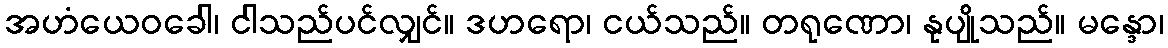
အဟံယေဝခေါ၊ ငါသည်ပင်လျှင်။ ဒဟရော၊ ငယ်သည်။ တရုဏော၊ နုပျိုသည်။ မန္ဒော၊